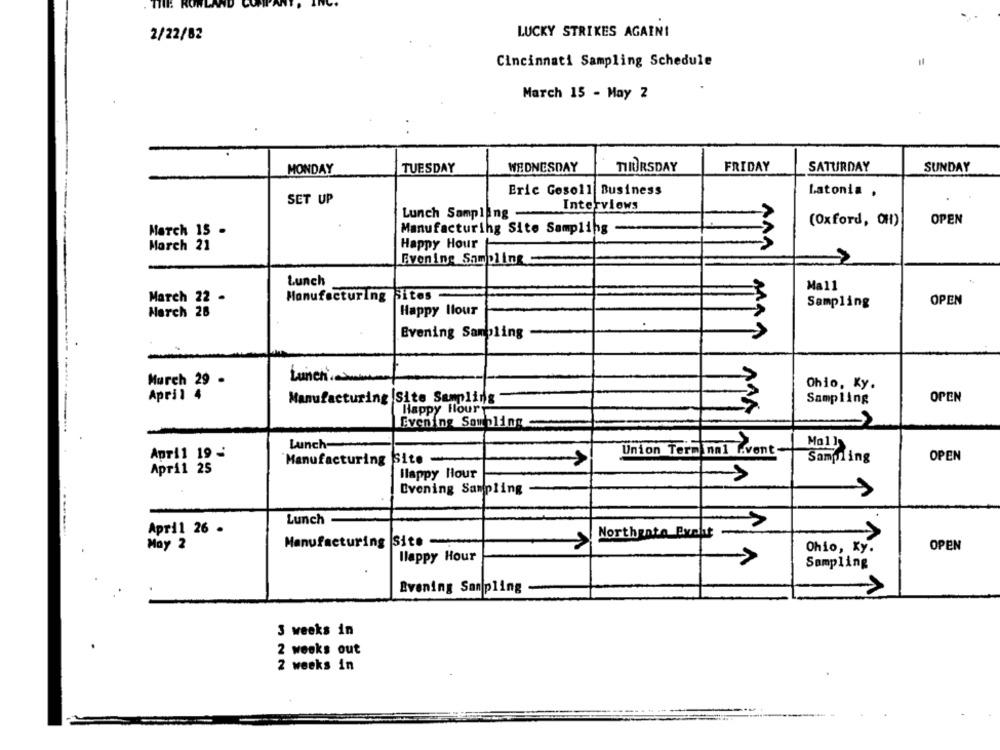
2/22/82
LUCKY STRIKES AGAIN!
Cincinnati Sampling Schedule
March 15 - May 2
MONDAY
TUESDAY
WEDNESDAY
TIRURSDAY
FRIDAY
SATURDAY
SUNDAY
Eric Gesoll Business
Latonia ,
SET UP
Interviews
Lunch Sampling-
(Oxford, OH)
OPEN
March 15 -
Manufacturing Site Sampling -
March 21
Happy Hour
Evening Sampling
Lunch
Ma11
March 22 -
Manufacturing Sites
Sampling
OPEN
March 28
Happy llour
Evening Sampling
MAN
Murch 29 .
Ohio, Ky.
April 4
OPEN
Manufacturing Site Sampling
Sampling
Happy Hour
Evening Sampling .
Mail
Lunch-
Union Term mal l.vent
April 19 -
OPEN
Manufacturing
Site -
Sampling
April 25
Ilappy Hour
Evening Sampling
Lunch
April 26 -
Manufacturing Site
Northgate Excht
May 2
OPEN
Ohio, Ky.
Ilappy Hour
Sampling
Evening Sampling
3 weeks in
2 weeks out
2 weeks in